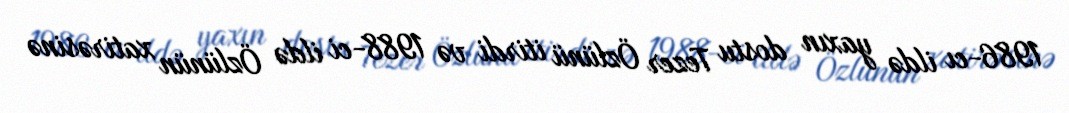
1986-cı ildə yaxın dostu Tezer Özlünü itirdi və 1988-ci ildə Özlünün xatirəsinə